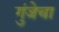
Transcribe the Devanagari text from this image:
गुंजेचा